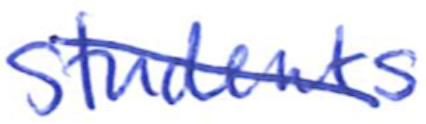
Text: students
Cross-out: mix
Writing tool: ballpoint